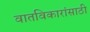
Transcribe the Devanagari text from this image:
वातविकारांसाठी